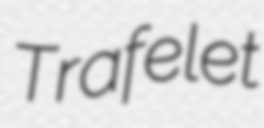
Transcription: Trafelet